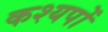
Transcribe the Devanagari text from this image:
कश्यपों